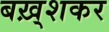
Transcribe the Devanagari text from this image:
बख़्शकर